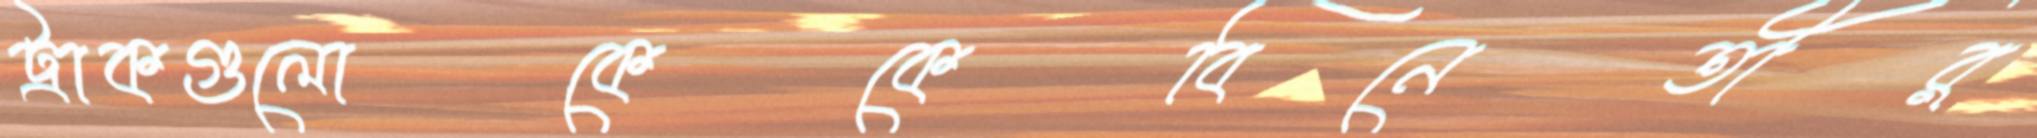
ট্রাকগুলোকেকেবিনেতীর্